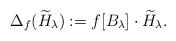
LaTeX: \begin{align*}\Delta_f(\widetilde{H}_{\lambda}) := f[B_{\lambda}] \cdot \widetilde{H}_{\lambda}.\end{align*}